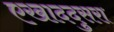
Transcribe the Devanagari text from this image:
एखाददुसरा